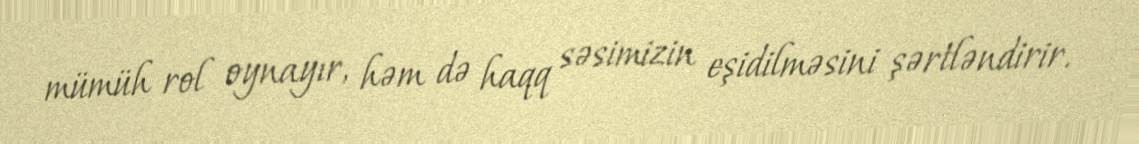
mümüh rol oynayır, həm də haqq səsimizin eşidilməsini şərtləndirir.